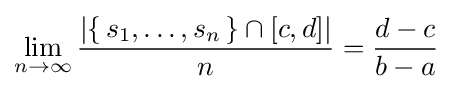
\lim _{n\to \infty }{\left|\{\,s_{1},\dots ,s_{n}\,\}\cap [c,d]\right| \over n}={d-c \over b-a}